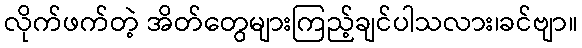
လိုက်ဖက်တဲ့ အိတ်တွေများကြည့်ချင်ပါသလား၊ခင်ဗျာ။